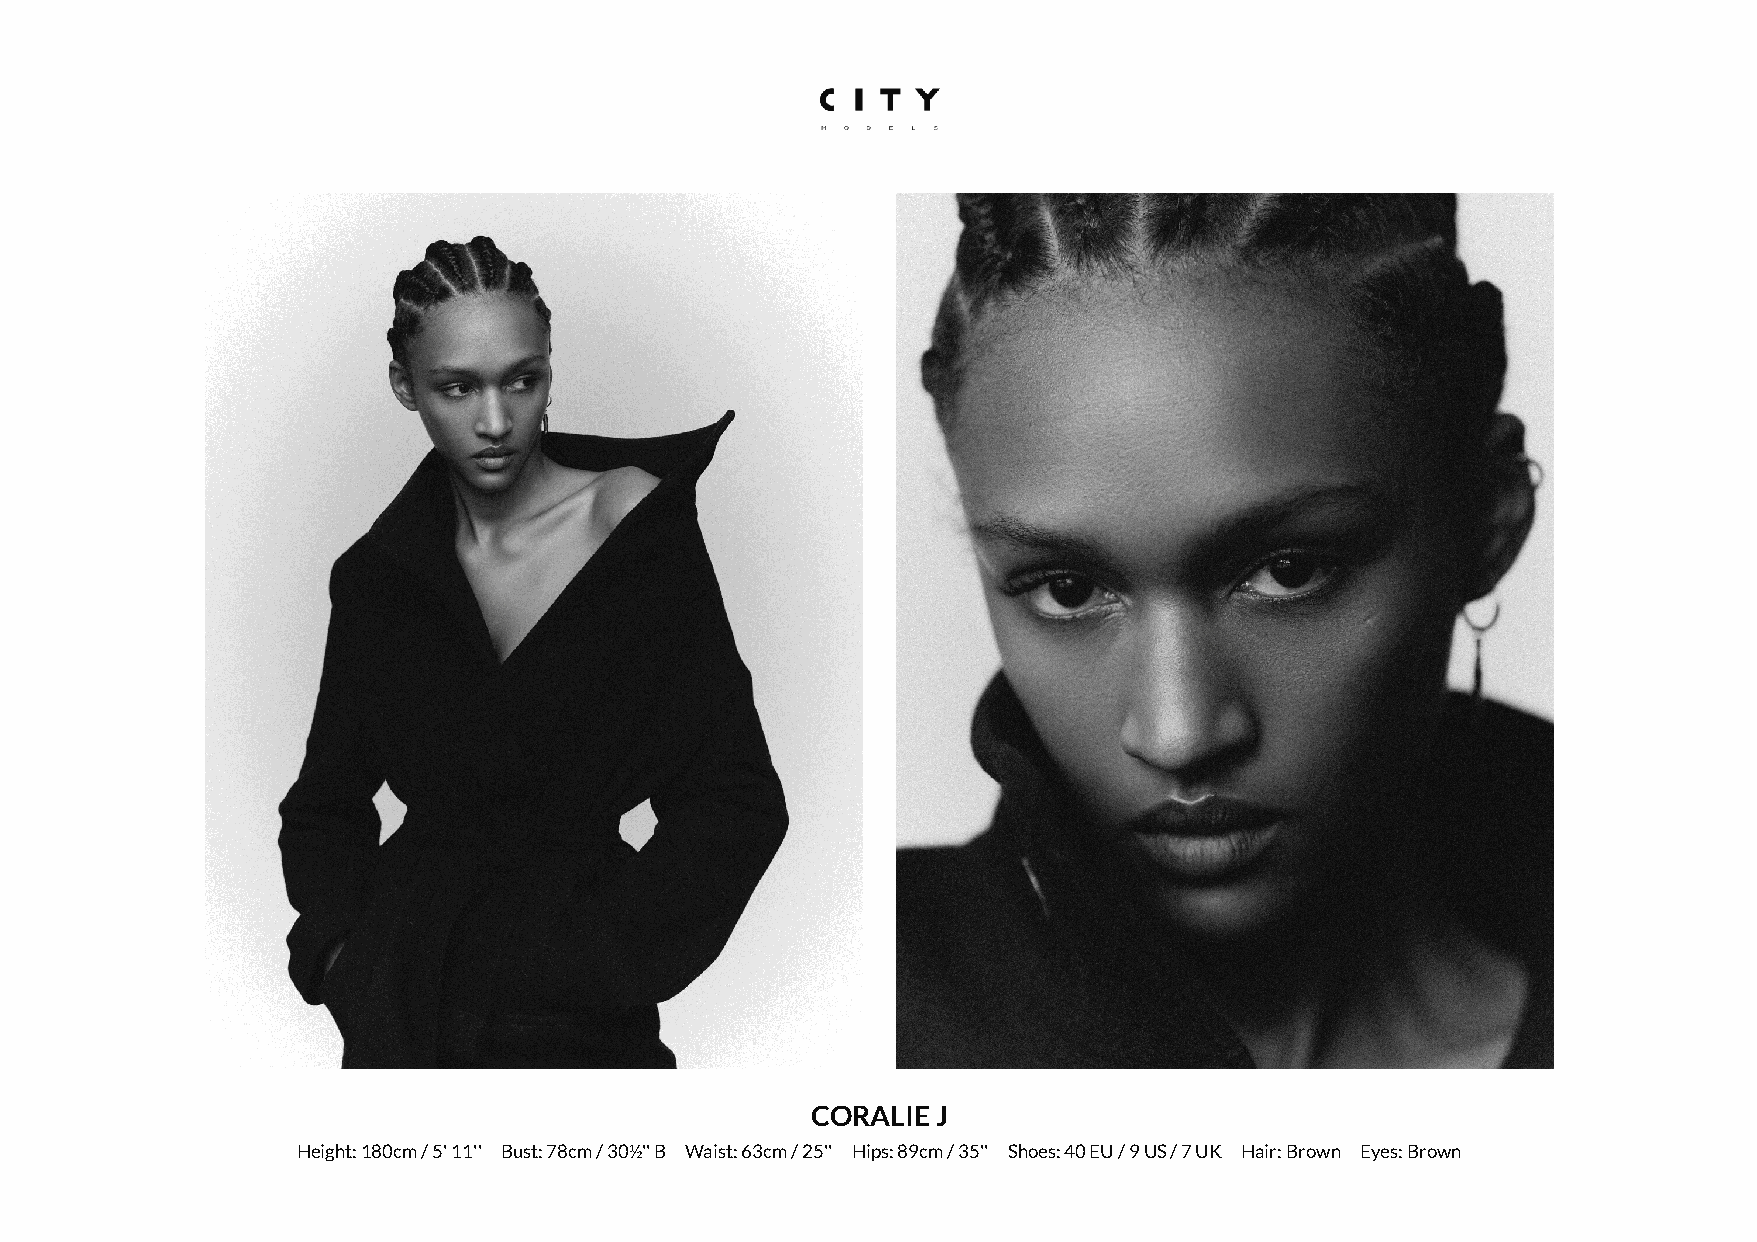
CORALIE J
 Height: 180cm / 5' 11'' Bust: 78cm / 30½'' B Waist: 63cm / 25'' Hips: 89cm / 35'' Shoes: 40 EU / 9 US / 7 UK Hair: Brown Eyes: Brown